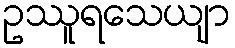
ဥဿူရသေယျာ